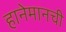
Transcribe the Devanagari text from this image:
हानेमानची